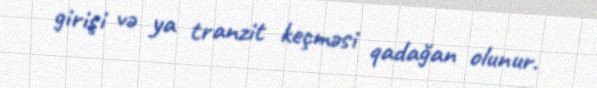
girişi və ya tranzit keçməsi qadağan olunur.